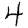
Digit: 4